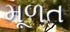
મૂળત